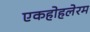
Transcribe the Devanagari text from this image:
एकहोहलेरम